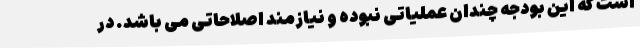
است که این بودجه چندان عملیاتی نبوده و نیازمند اصلاحاتی می باشد. در